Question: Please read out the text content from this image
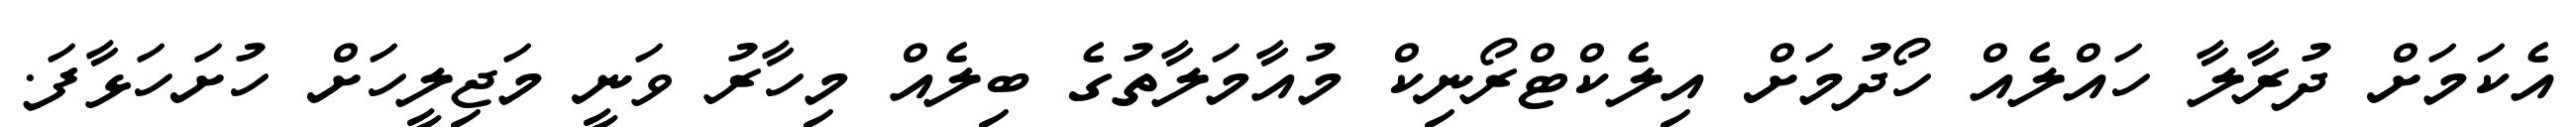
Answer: އެކަމަށް ދުރާލާ ހައްލެއް ހޯދުމަށް އިލެކްޓްރޯނިކް މުއާމަލާތުގެ ބިލެއް މިހާރު ވަނީ މަޖިލީހަށް ހުށަހަޅާފަ.